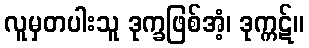
လူမှတပါးသူ ဒုက္ခဖြစ်အံ့၊ ဒုက္ကဋ်။